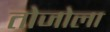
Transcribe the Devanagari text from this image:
तोजोला